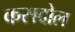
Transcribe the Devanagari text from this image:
कसदोल